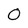
Character: O